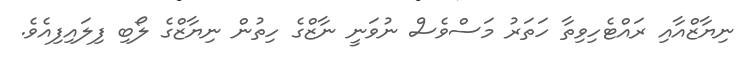
ނިޔާޒްއާއި ރައްޓެހިވިތާ ހަތަރު މަސްވެސް ނުވަނީ ނާޒްގެ ހިތުން ނިޔާޒްގެ ލޯބި ފިލައިފިއެވެ.